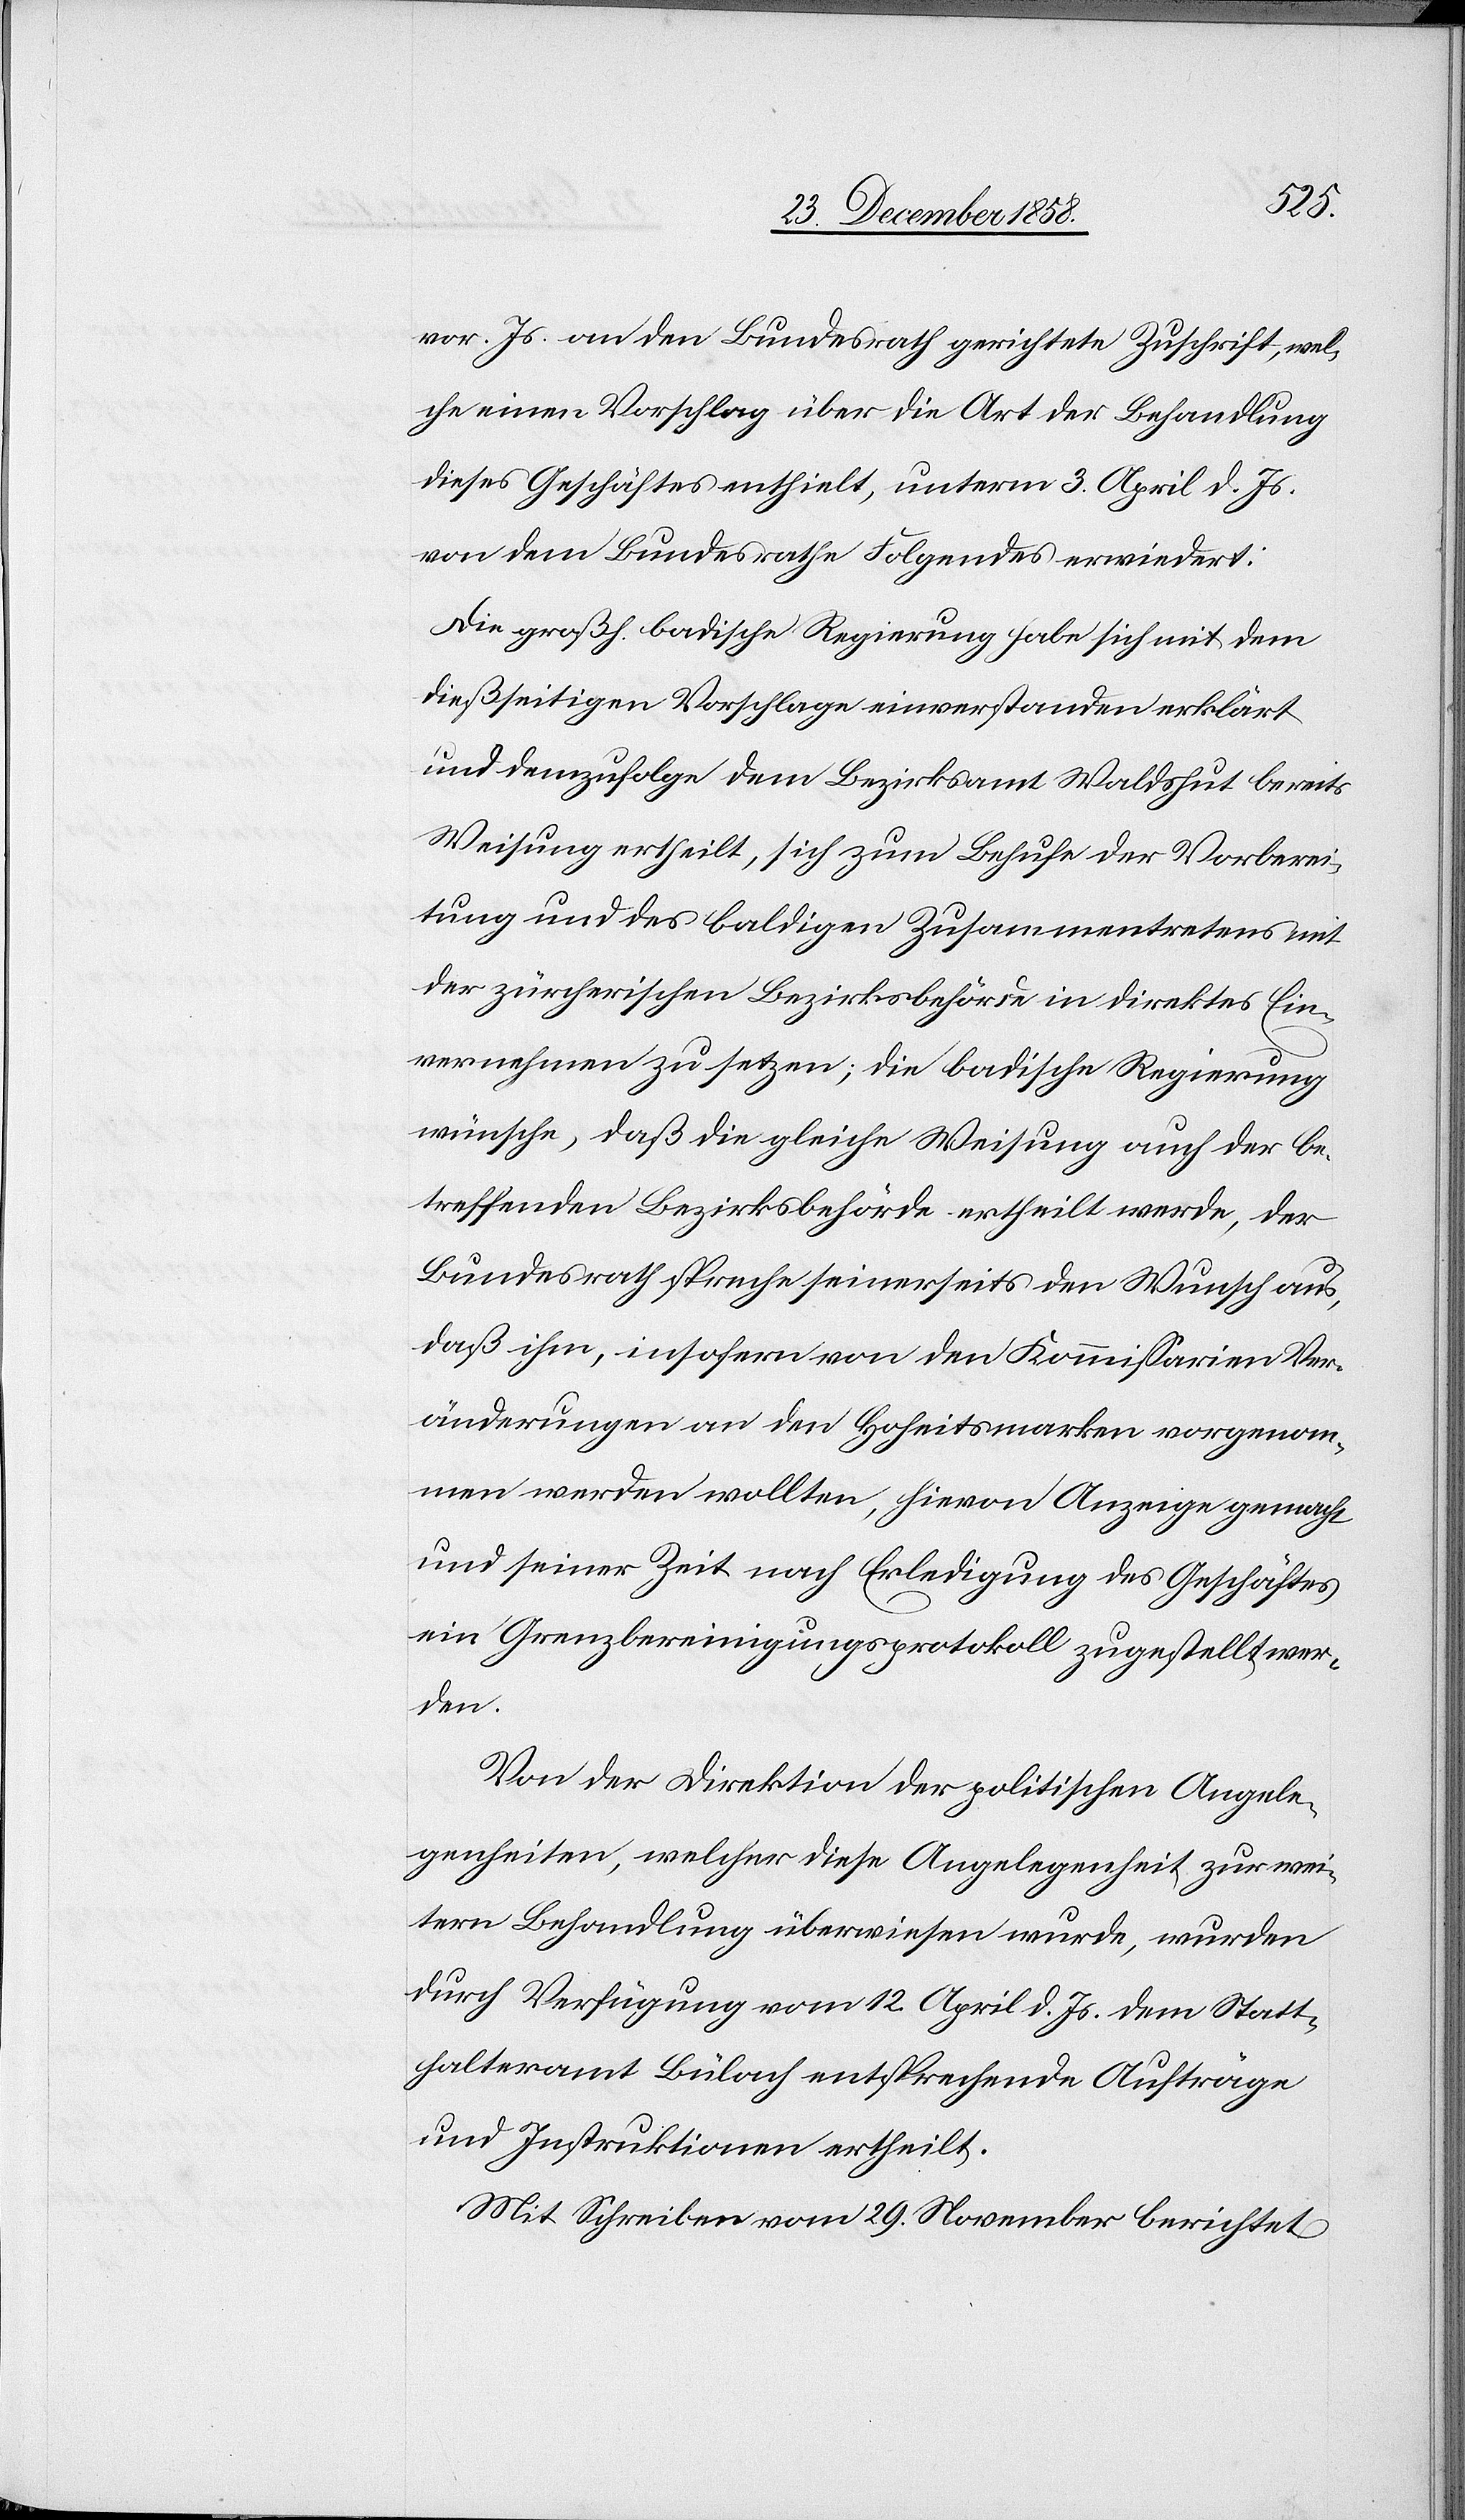
der
den.